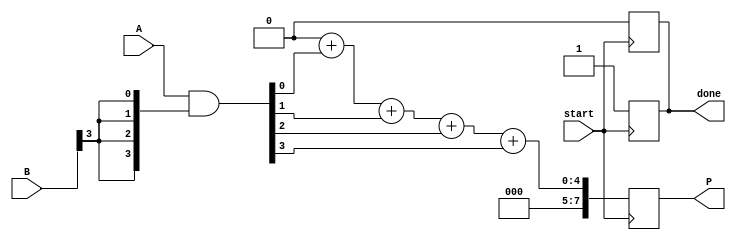
module async_wallace_tree_multiplier #(parameter N = 4) (
    input [N-1:0] A,
    input [N-1:0] B,
    input start,
    output reg [2*N-1:0] P,
    output reg done
);

    reg [N-1:0] partial_products[N-1:0];
    reg [2*N-1:0] sum [N-1:0];
    reg [N:0] carry [N-1:0];
    reg [N-1:0] enable;
    integer i, j;

    // Generate partial products
    always @(*) begin
        for (i = 0; i < N; i = i + 1) begin
            partial_products[i] = A & {N{B[i]}};
        end
    end

    // Wallace tree reduction
    always @(posedge start) begin
        // Initialize sum and carry
        for (i = 0; i < N; i = i + 1) begin
            sum[i] = {1'b0, partial_products[i]};
            carry[i] = 0;
        end

        // Asynchronous reduction process
        for (i = 0; i < N-1; i = i + 1) begin
            for (j = 0; j < (N >> 1); j = j + 1) begin
                if (i < N-1) begin
                    {carry[i][j], sum[i][j]} = sum[i][j*2] + sum[i][j*2 + 1] + sum[i][j*2 + 2];
                end
            end
        end

        // Final addition
        P = 0;
        for (i = 0; i < N; i = i + 1) begin
            P = P + sum[N-1][i];
        end

        done = 1; // Signal that multiplication is done
    end

    // Reset done signal after a clock cycle
    always @(negedge start) begin
        done = 0;
    end

endmodule